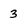
Character: 3